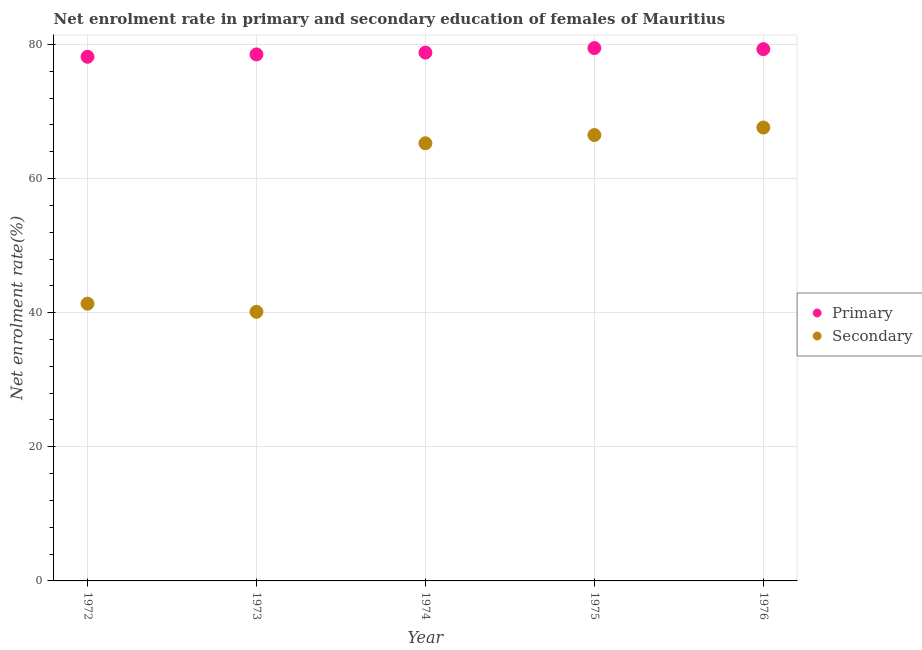
| Year | Primary | Secondary |
 | --- | --- | --- |
 | 1972 | 78.2 | 41.3 |
 | 1973 | 78.5 | 40.1 |
 | 1974 | 78.8 | 65.3 |
 | 1975 | 79.5 | 66.5 |
 | 1976 | 79.3 | 67.6 |